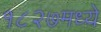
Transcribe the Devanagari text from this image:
१८२७मध्ये